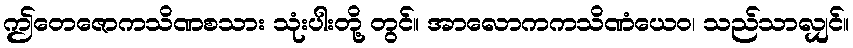
ဤတေဇောကသိဏစသား သုံးပါးတို့ တွင်။ အာလောကကသိဏံယေဝ၊ သည်သာလျှင်။